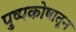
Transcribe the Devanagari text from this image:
पुष्पकोषातून